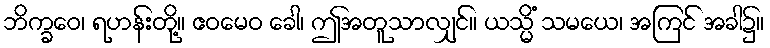
ဘိက္ခဝေ၊ ရဟန်းတို့။ ဧဝမေဝ ခေါ၊ ဤအတူသာလျှင်။ ယသ္မိံ သမယေ၊ အကြင် အခါ၌။